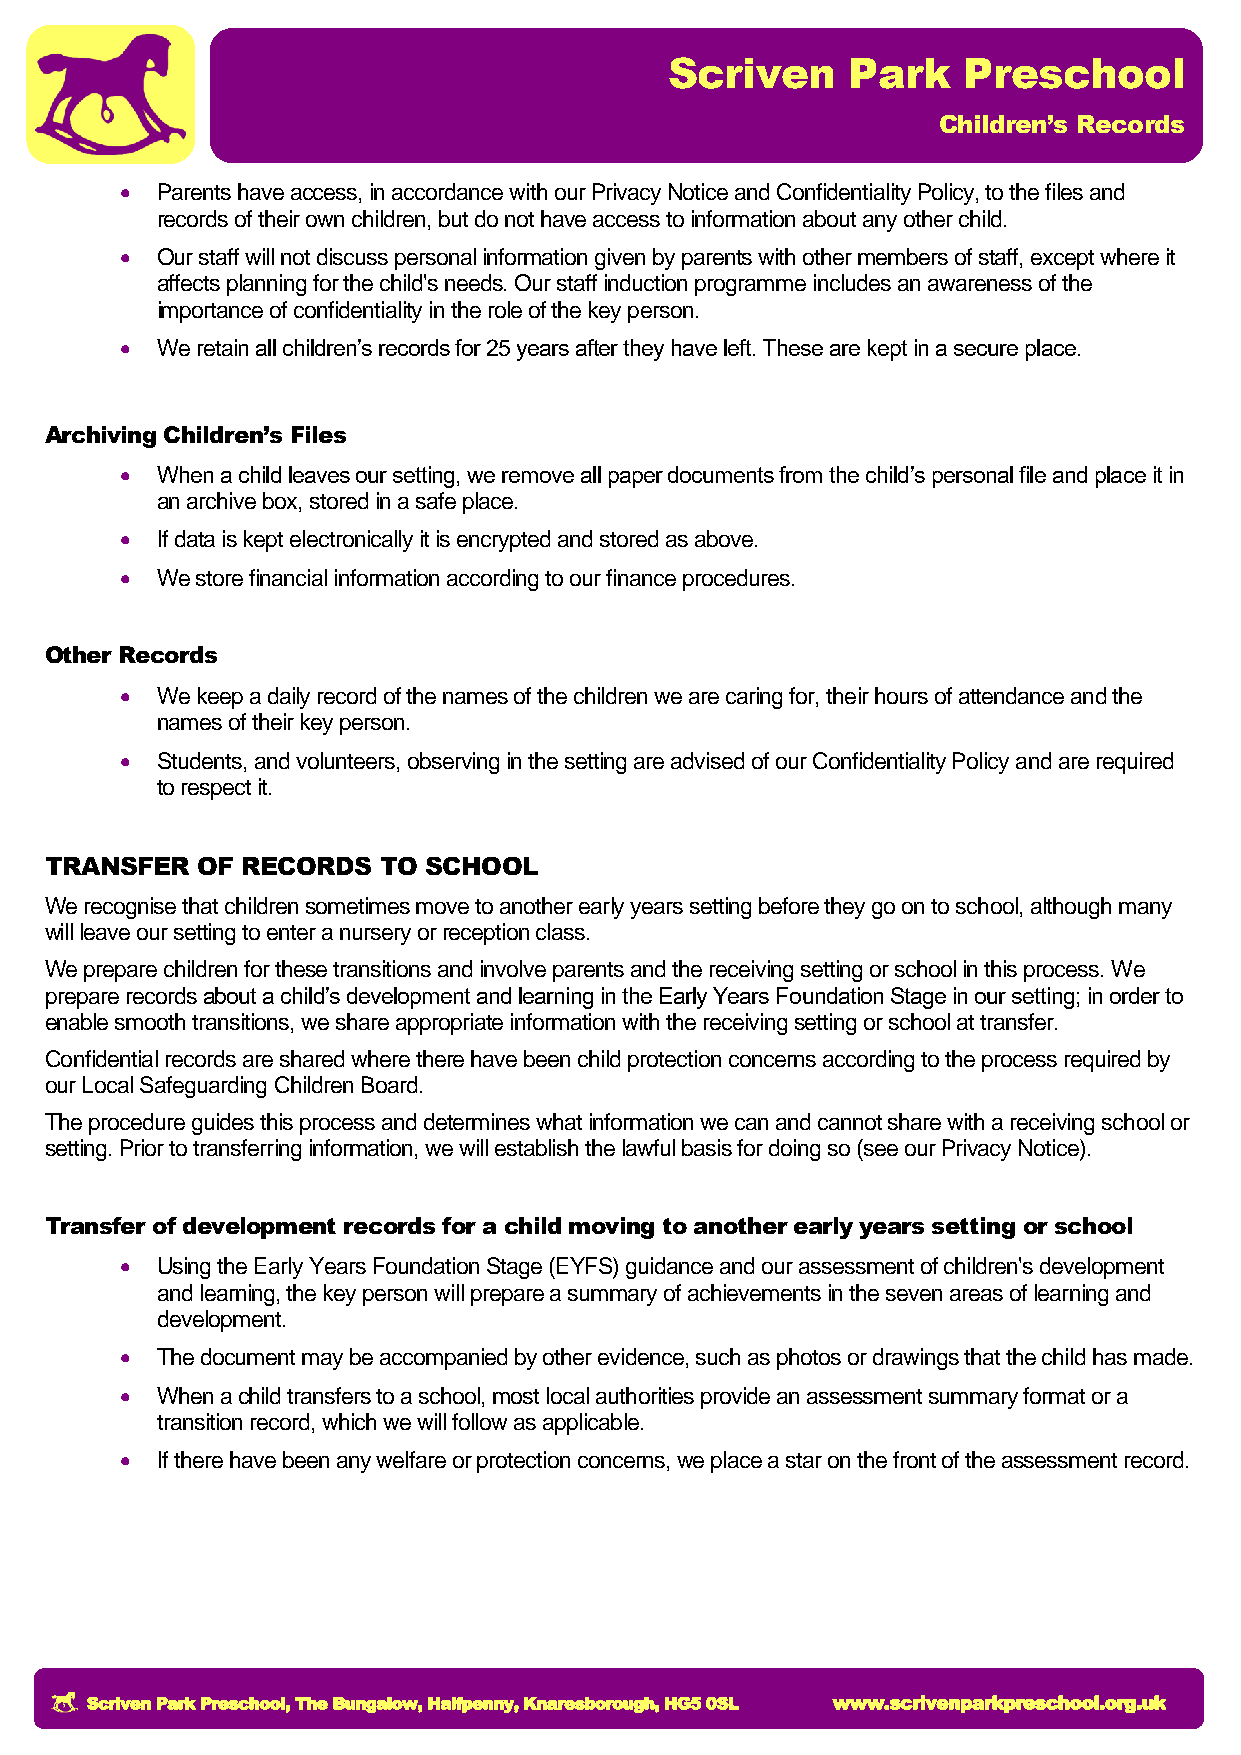
Scriven     Park    Preschool
 Children’s Records
  Parents have access, in accordance with our Privacy Notice and Confidentiality Policy, to the files and
 records of their own children, but do not have access to information about any other child.
  Our staff will not discuss personal information given by parents with other members of staff, except where it
 affects planning for the child's needs. Our staff induction programme includes an awareness of the
 importance of confidentiality in the role of the key person.
  We retain all children’s records for 25 years after they have left. These are kept in a secure place.
 Archiving Children’s Files
  When a child leaves our setting, we remove all paper documents from the child’s personal file and place it in
 an archive box, stored in a safe place.
  If data is kept electronically it is encrypted and stored as above.
  We store financial information according to our finance procedures.
 Other Records
  We keep a daily record of the names of the children we are caring for, their hours of attendance and the
 names of their key person.
  Students, and volunteers, observing in the setting are advised of our Confidentiality Policy and are required
 to respect it.
 TRANSFER  OF RECORDS  TO SCHOOL
 We recognise that children sometimes move to another early years setting before they go on to school, although many
 will leave our setting to enter a nursery or reception class.
 We prepare children for these transitions and involve parents and the receiving setting or school in this process. We
 prepare records about a child’s development and learning in the Early Years Foundation Stage in our setting; in order to
 enable smooth transitions, we share appropriate information with the receiving setting or school at transfer.
 Confidential records are shared where there have been child protection concerns according to the process required by
 our Local Safeguarding Children Board.
 The procedure guides this process and determines what information we can and cannot share with a receiving school or
 setting. Prior to transferring information, we will establish the lawful basis for doing so (see our Privacy Notice).
 Transfer of development records for a child moving to another early years setting or school
  Using the Early Years Foundation Stage (EYFS) guidance and our assessment of children's development
 and learning, the key person will prepare a summary of achievements in the seven areas of learning and
 development.
  The document may be accompanied by other evidence, such as photos or drawings that the child has made.
  When a child transfers to a school, most local authorities provide an assessment summary format or a
 transition record, which we will follow as applicable.
  If there have been any welfare or protection concerns, we place a star on the front of the assessment record.
 Scriven Park Preschool, The Bungalow, Halfpenny, Knaresborough, HG5 0SL www.scrivenparkpreschool.org.uk